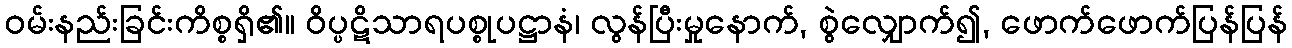
ဝမ်းနည်းခြင်းကိစ္စရှိ၏။ ဝိပ္ပဋိသာရပစ္စုပဋ္ဌာနံ၊ လွန်ပြီးမှုနောက်, စွဲလျှောက်၍, ဖောက်ဖောက်ပြန်ပြန်